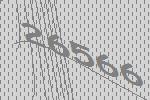
26566